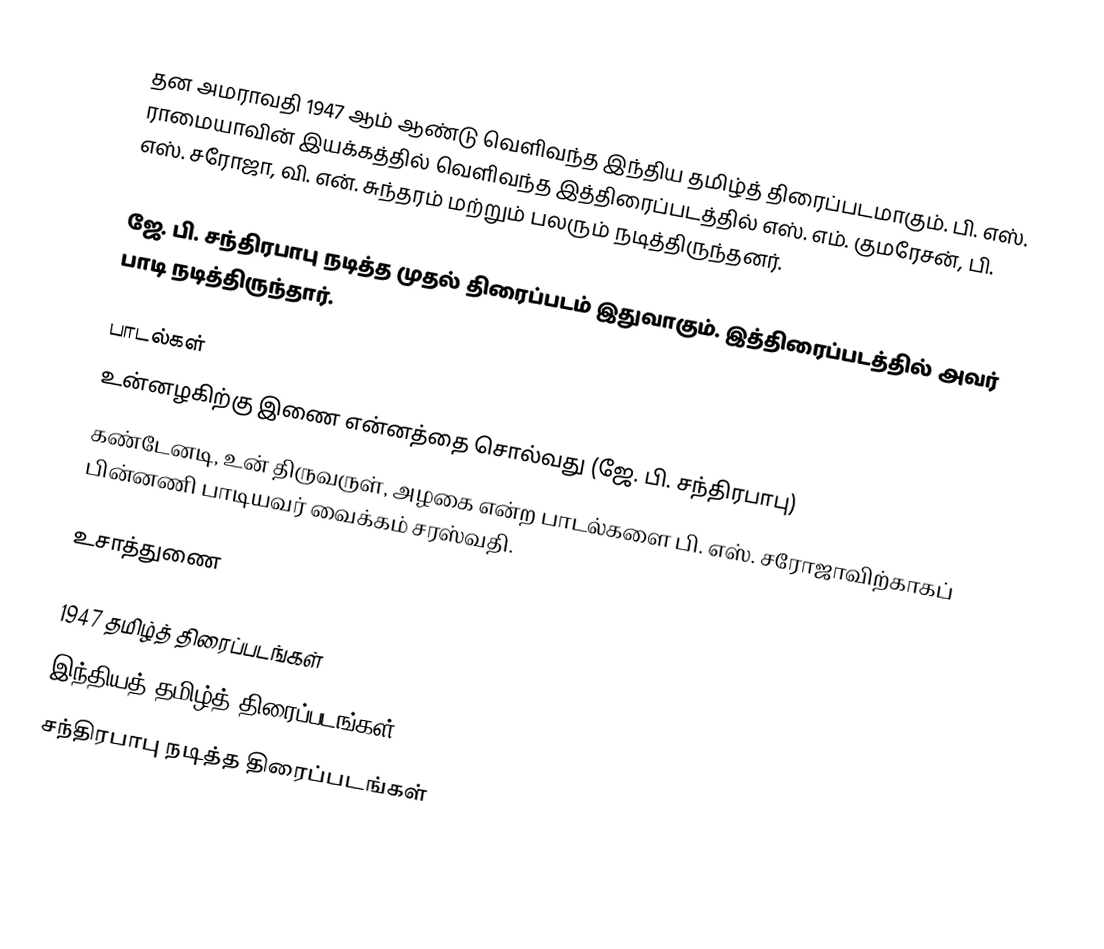
தன அமராவதி 1947 ஆம் ஆண்டு வெளிவந்த இந்திய தமிழ்த் திரைப்படமாகும். பி. எஸ். ராமையாவின் இயக்கத்தில் வெளிவந்த இத்திரைப்படத்தில் எஸ். எம். குமரேசன், பி. எஸ். சரோஜா, வி. என். சுந்தரம் மற்றும் பலரும் நடித்திருந்தனர்.

ஜே. பி. சந்திரபாபு நடித்த முதல் திரைப்படம் இதுவாகும். இத்திரைப்படத்தில் அவர் பாடி நடித்திருந்தார்.

பாடல்கள்
உன்னழகிற்கு இணை என்னத்தை சொல்வது (ஜே. பி. சந்திரபாபு)
கண்டேனடி, உன் திருவருள், அழகை என்ற பாடல்களை பி. எஸ். சரோஜாவிற்காகப் பின்னணி பாடியவர் வைக்கம் சரஸ்வதி.

உசாத்துணை

1947 தமிழ்த் திரைப்படங்கள்
இந்தியத் தமிழ்த் திரைப்படங்கள்
சந்திரபாபு நடித்த திரைப்படங்கள்